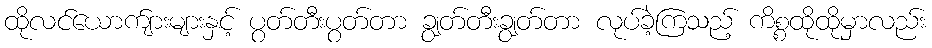
ထိုလင်ယောက်ျားများနှင့် ပွတ်တီးပွတ်တာ ချွတ်တီးချွတ်တာ လုပ်ခဲ့ကြသည့် ကိစ္စထိုထိုမှာလည်း